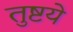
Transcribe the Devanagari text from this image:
तुष्टये